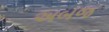
અબજ